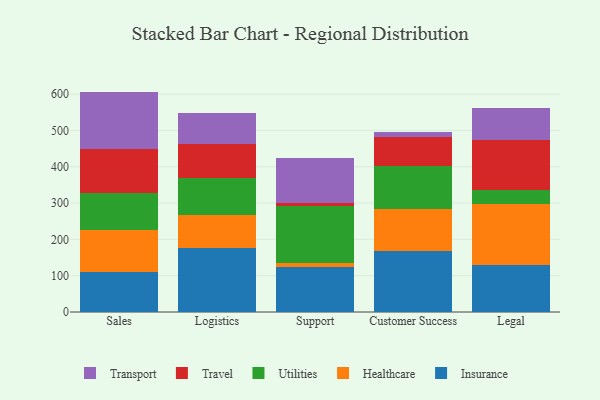
{"axis": {"x": "Department", "y": "Latency (ms)"}, "legend": ["Healthcare", "Insurance", "Transport", "Travel", "Utilities"], "data": [{"x": "Sales", "y": 109.6, "type": "Insurance"}, {"x": "Sales", "y": 116.2, "type": "Healthcare"}, {"x": "Sales", "y": 101.1, "type": "Utilities"}, {"x": "Sales", "y": 121.3, "type": "Travel"}, {"x": "Sales", "y": 158.7, "type": "Transport"}, {"x": "Logistics", "y": 175.1, "type": "Insurance"}, {"x": "Logistics", "y": 92.5, "type": "Healthcare"}, {"x": "Logistics", "y": 100.2, "type": "Utilities"}, {"x": "Logistics", "y": 95.9, "type": "Travel"}, {"x": "Logistics", "y": 84.8, "type": "Transport"}, {"x": "Support", "y": 124.4, "type": "Insurance"}, {"x": "Support", "y": 11.2, "type": "Healthcare"}, {"x": "Support", "y": 155.5, "type": "Utilities"}, {"x": "Support", "y": 9.2, "type": "Travel"}, {"x": "Support", "y": 122.4, "type": "Transport"}, {"x": "Customer Success", "y": 167.1, "type": "Insurance"}, {"x": "Customer Success", "y": 116.7, "type": "Healthcare"}, {"x": "Customer Success", "y": 117.7, "type": "Utilities"}, {"x": "Customer Success", "y": 79.9, "type": "Travel"}, {"x": "Customer Success", "y": 14.5, "type": "Transport"}, {"x": "Legal", "y": 128.4, "type": "Insurance"}, {"x": "Legal", "y": 169.4, "type": "Healthcare"}, {"x": "Legal", "y": 38.3, "type": "Utilities"}, {"x": "Legal", "y": 137.9, "type": "Travel"}, {"x": "Legal", "y": 87.8, "type": "Transport"}]}